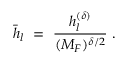
\bar { h } _ { l } \ = \ \frac { h _ { l } ^ { ( \delta ) } } { ( M _ { F } ) ^ { \delta / 2 } } \ .